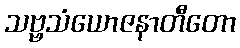
သဗ္ဗသံယောဇနာတီတော